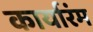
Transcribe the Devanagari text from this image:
कार्यारंम